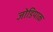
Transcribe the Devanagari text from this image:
जोडियाक